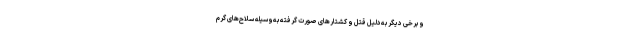
و برخی دیگر به‌دلیل قتل و کشتارهای صورت گرفته به‌وسیله سلاح‌های گرم